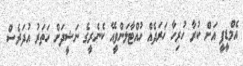
އެމްޑީޕީ އަށް ކުރާ ހުރިހާ ޚަރަދެއް ހުއްޓާލަންވީއޭ ކެނެރީގެ ނަޝީދަށް ހަތަރު އުދަރެސް